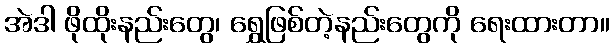
အဲဒါ ဖိုထိုးနည်းတွေ၊ ရွှေဖြစ်တဲ့နည်းတွေကို ရေးထားတာ။